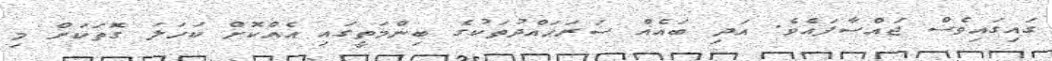
ގައިގައިވެސް ޖައްސާފައެވެ. އަދި ބައެއް ސަރަޙައްދުތަކުގެ ބިންމަތީގައި އެއްކޮށް ކަހަލަ ގޮތަކަށް މި